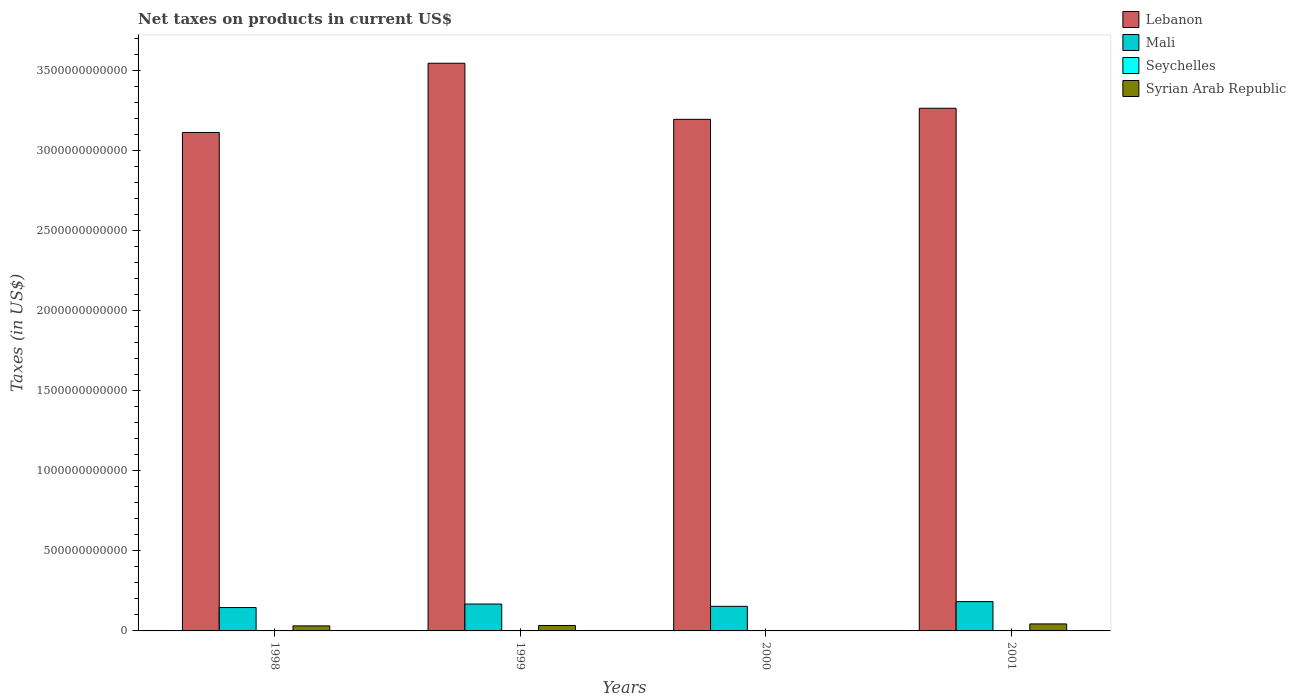
| Years | Lebanon | Mali | Seychelles | Syrian Arab Republic |
 | --- | --- | --- | --- | --- |
 | 1998 | 3.11e+12 | 1.46e+11 | 3.49e+08 | 3.15e+10 |
 | 1999 | 3.54e+12 | 1.68e+11 | 3.19e+08 | 3.4e+10 |
 | 2000 | 3.19e+12 | 1.53e+11 | 6.2e+08 | -1.53e+10 |
 | 2001 | 3.26e+12 | 1.83e+11 | 6.34e+08 | 4.37e+10 |